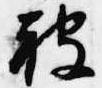
被